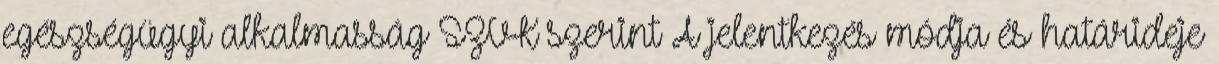
egészségügyi alkalmasság SZVK szerint A jelentkezés módja és határideje